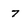
Character: 7